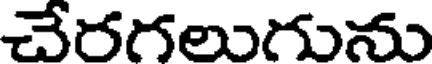
చేరగలుగును